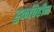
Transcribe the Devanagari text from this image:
हुकविहीन